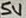
Text: 5V